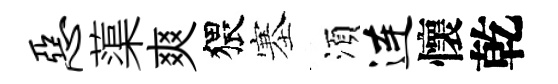
恶蕖爽猥塞湏连懷乾